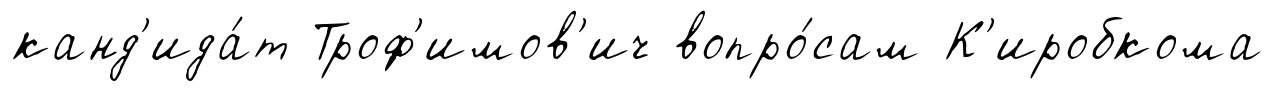
канд'ида́т Троф'имов'ич вопро́сам К'иробкома